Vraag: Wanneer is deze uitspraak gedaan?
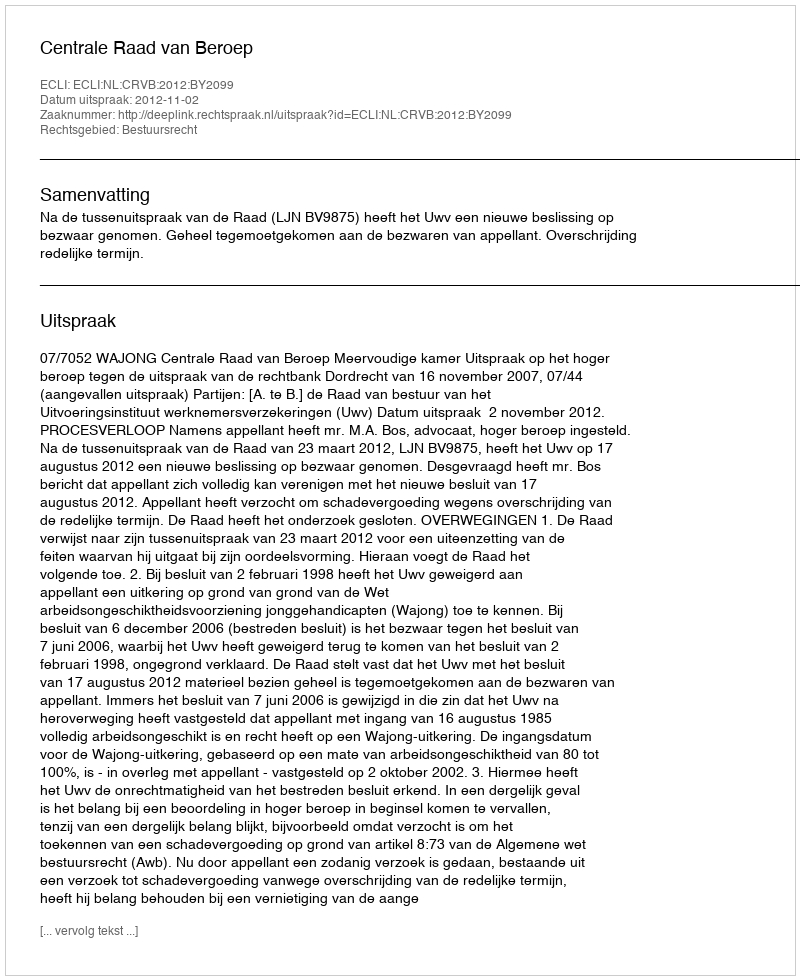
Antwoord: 2012-11-02